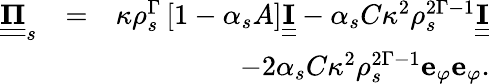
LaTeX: \begin{array}{rlr}{\underline{{\underline{{\mathbf{\Pi}}}}}_{s}}&{=}&{\kappa\rho_{s}^{\Gamma}\left[1-\alpha_{s}A\right]\underline{{\underline{{\mathbf{I}}}}}-\alpha_{s}C\kappa^{2}\rho_{s}^{2\Gamma-1}\underline{{\underline{{\mathbf{I}}}}}}\\ &{}&{-2\alpha_{s}C\kappa^{2}\rho_{s}^{2\Gamma-1}\mathbf{e}_{\varphi}\mathbf{e}_{\varphi}.}\end{array}